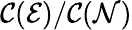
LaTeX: \mathcal{C}(\mathcal{{E}})/\mathcal{C}(\mathcal{{N}})